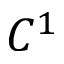
C ^ { 1 }